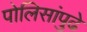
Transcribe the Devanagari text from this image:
पोलिसांपुढे